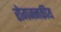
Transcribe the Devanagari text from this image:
रोगजनकीय